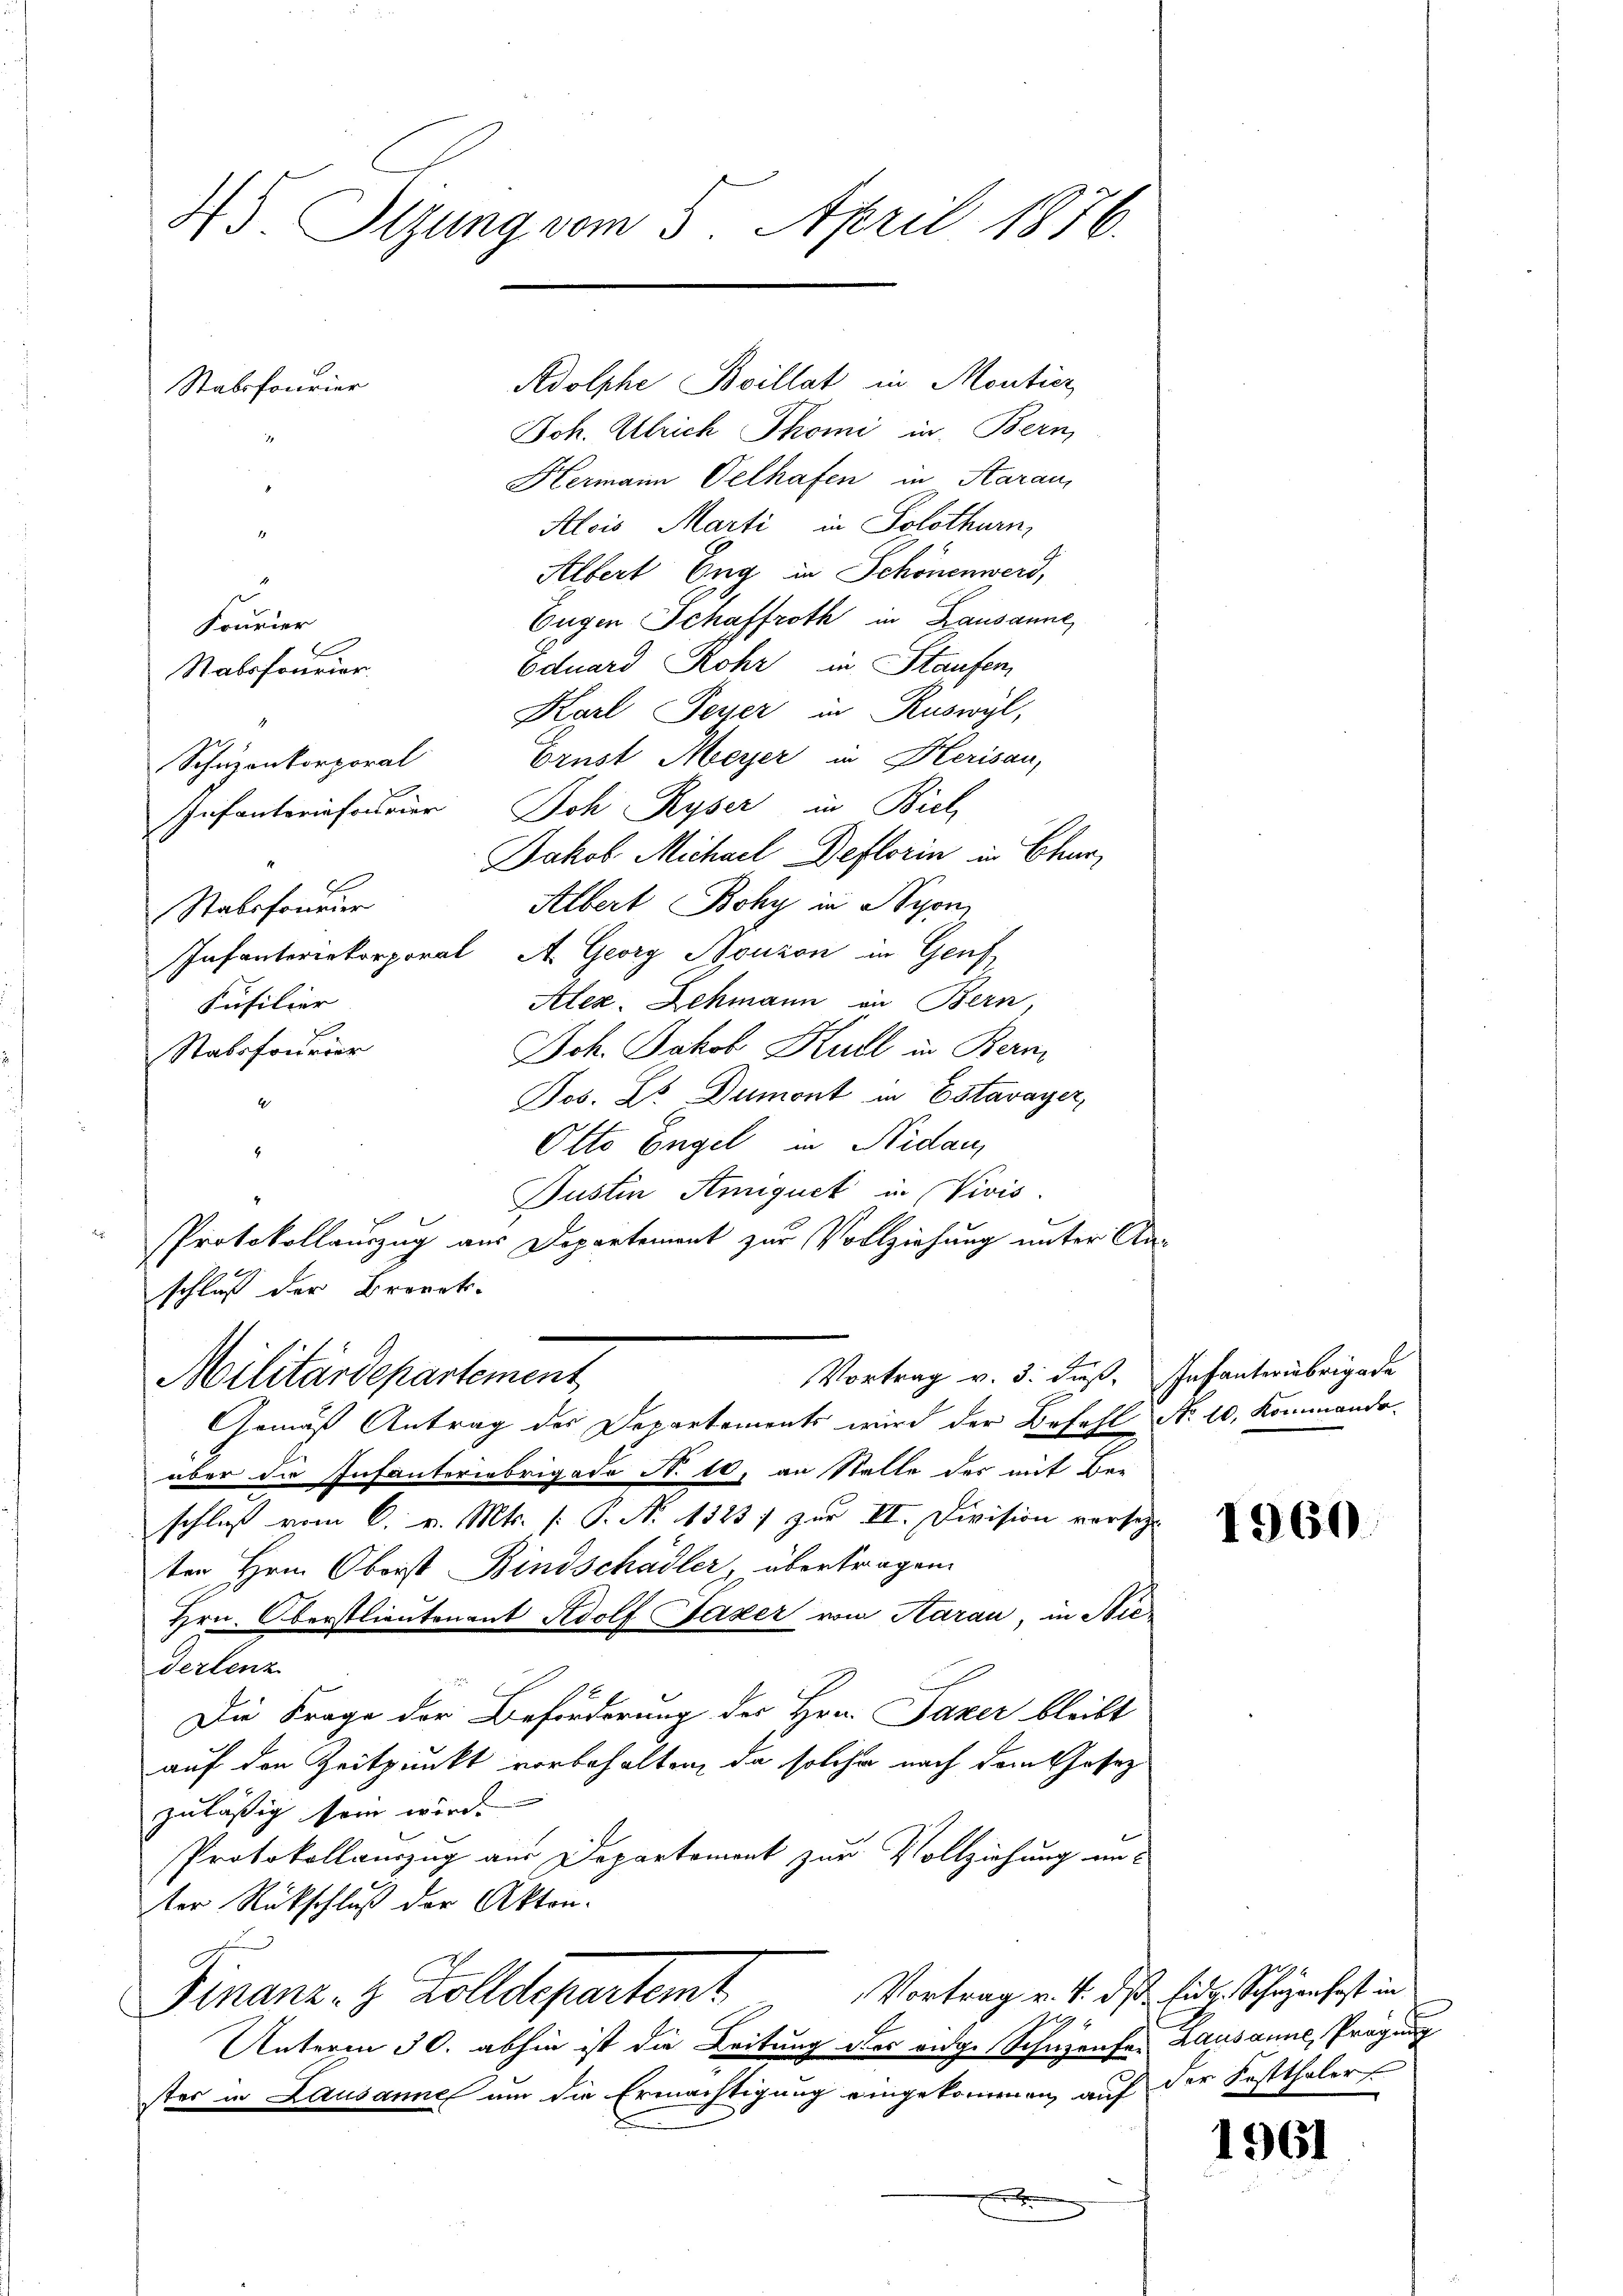
45 Sizung vom 5. April 1876.

Boh. Ulrich Thomi in Bern,
Hermann Oelhafen in Aarau,
Alois Marti in Solothurn,
1
Albert Eng in Schönenwerd,
Eugen Schaffroth in Lausanne,
Fourier
Eduard Rohr, in Staufen,
Stabsfourier.
Karl Feyer in Ruswyl,
Brust Meyer in Herisau,
Schuzonkorporal
Infanterieforder Joh Ryser in Biel
Jakob Michael Deflorin in Chur,
Albert Bohy in Lyon,
Stabsfonderer
Infanteriekorporal A. Georg Bonzon in Genf
Alez. Schmann in Bern,
Füsilier
Joh. Jakob Hall in Bern
Stabsfourier
Jos. Le Dumont in Estavayer,
4
Otto Engel in Nidau,
8
Justin Anniquet in Vivis.
4
R
Protokollauszug aus Departement zur Vollziehung unter Anschluß der Brorek-
Vortrag v. 3. dieß. Infanter übrigade
Militärdepartement
Gemäß Antrag des Departements wird der Befehl No. 10, Kommando-
über die Infanteriebrigade N. 10. an Stelle der mit Be-
schluß vom 6. v. Mts. (: S. N. 1523 / zur II. Division versez
ten Hrn. Oberst Bindschädler, übertragen.
Hrn. Oberstlieutenant Adolf Jazer von Aarau, in Biederlenz
Die Frage der Beförderung des Hrn. Parer bleibt
auf den Zeitpunkt vorbehalten, da solche nach dem Gesez
zuläßig sein wird.
Protokollauszug aus Departement zur Vollziehung an
ter Rückschluß der Akten.
Vortrag v. 4. ds Eidg. Schazenfest in
Finanz- & Zolldepartemt

Unterm 30. abhin ist die Leitung der eidge Schuzenfer Lausanne, Prägung
stes in Lausanne um die Ermächtigung eingekommen, auf der Festthaler
x

Stabsfourier

Adolphe Boillat in Montier

1960

1961